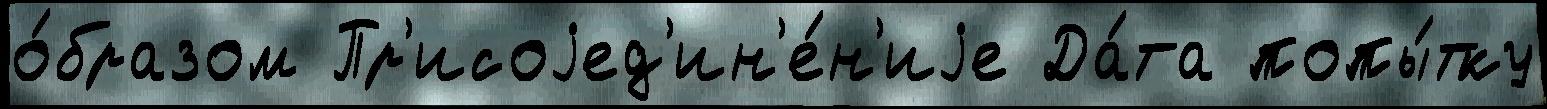
о́бразом Пр'исоjед'ин'е́н'иjе Да́та попы́тку